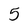
Character: 5